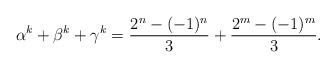
LaTeX: \begin{align*} \alpha^{k}+\beta^{k}+\gamma^{k}=\frac{2^n-(-1)^n}{3}+\frac{2^m-(-1)^m}{3}.\end{align*}